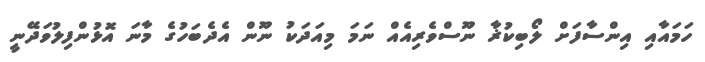
ހަމައާއި އިންސާފަށް ލޯބިކުޜާ ނޫސްވެރިއެއް ނަމަ މިއަދަކު ނޫން އެދެބަހުގެ މާނަ އޮޅުންފިލުވަދޭނީ